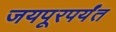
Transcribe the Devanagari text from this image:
जयपूरपर्यंत